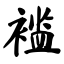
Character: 褴